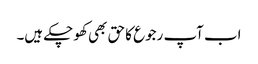
اب آپ رجوع کا حق بھی کھو چکے ہیں۔